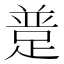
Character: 𨂝